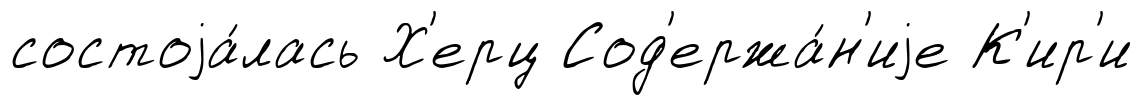
состоjа́лась Х'ерц Сод'ержа́н'иjе К'ир'и